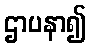
ဌာပနာ၍